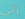
إلى